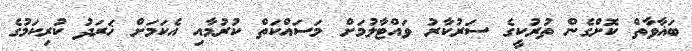
ބަޣާވާތް ކޮށްގެން ތުރުކީގެ ސަރުކާރު ވައްޓާލުމަށް މަސައްކަތް ކުރުމާއި އެކަމަށް ޚަރަދު ކުރިކަމުގެ